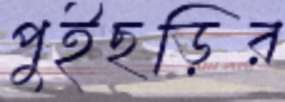
পুইছড়ির